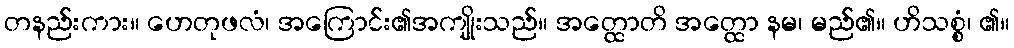
တနည်းကား။ ဟေတုဖလံ၊ အကြောင်း၏အကျိုးသည်။ အတ္ထောတိ အတ္ထော နမ၊ မည်၏။ ဟိသစ္စံ၊ ၏။